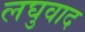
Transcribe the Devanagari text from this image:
लघुवाद